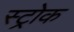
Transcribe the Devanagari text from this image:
स्‍ट्रोक